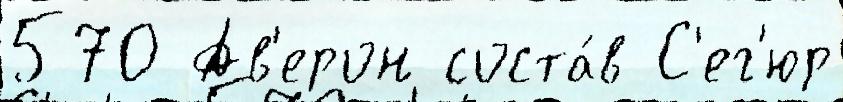
570 Ав'ерон соста́в С'ег'юр